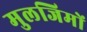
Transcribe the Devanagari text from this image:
मुलजिमों